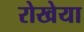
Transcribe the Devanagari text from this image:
रोखेया